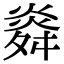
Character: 㷠